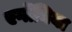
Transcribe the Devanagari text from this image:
एर्गोनिया